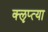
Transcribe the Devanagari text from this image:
क्‍ऌप्‍त्या